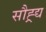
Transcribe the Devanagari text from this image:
सौह्र्द्य